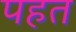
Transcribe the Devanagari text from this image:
पहत